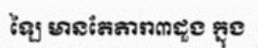
ឡៃ មានតែតារា៣ដួង ក្នុង